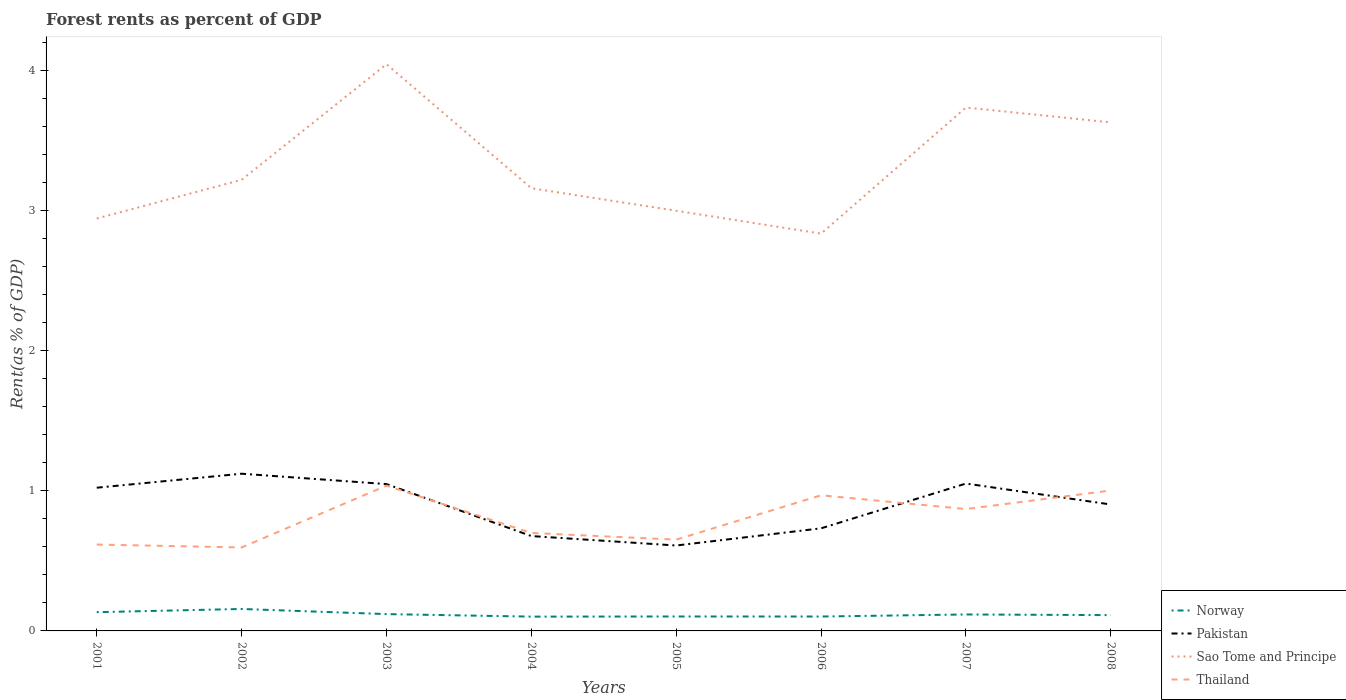
| Years | Norway | Pakistan | Sao Tome and Principe | Thailand |
 | --- | --- | --- | --- | --- |
 | 2001 | 0.134 | 1.02 | 2.95 | 0.617 |
 | 2002 | 0.157 | 1.12 | 3.22 | 0.596 |
 | 2003 | 0.12 | 1.05 | 4.05 | 1.04 |
 | 2004 | 0.102 | 0.678 | 3.16 | 0.7 |
 | 2005 | 0.103 | 0.61 | 3 | 0.652 |
 | 2006 | 0.103 | 0.733 | 2.84 | 0.969 |
 | 2007 | 0.118 | 1.05 | 3.74 | 0.87 |
 | 2008 | 0.113 | 0.903 | 3.63 | 1 |